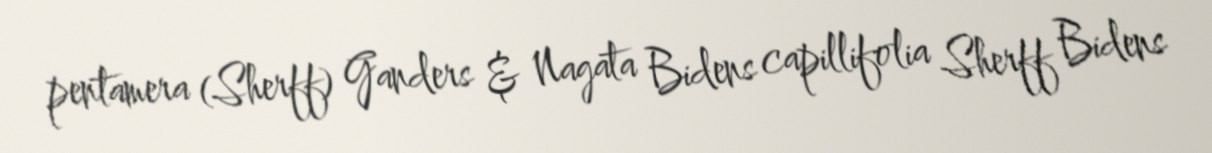
pentamera (Sherff) Ganders & Nagata Bidens capillifolia Sherff Bidens